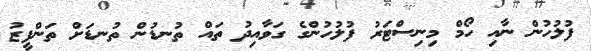
ފުލުހުން ނާއި ހޯމް މިނިސްޓަރު ފުލުހުންގެ ގަވާއިދު ތައް ތުނޑުން ތުނޑަށް ތަންފީޒު